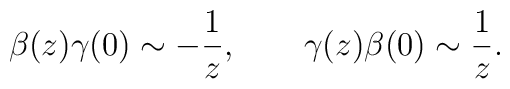
\beta(z)\gamma(0) \sim -\frac{1}{z}, \qquad\gamma(z)\beta(0) \sim \frac{1}{z}.